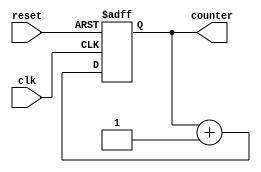
`timescale 1ns / 1ps
//////////////////////////////////////////////////////////////////////////////////
// Company: 
// Engineer: 
// 
// Design Name: 
// Module Name: Up_Counter
// Project Name: 
// Target Devices: 
// Tool Versions: 
// Description: 
// 
// Dependencies: 
// 
// Revision:
// Revision 0.01 - File Created
// Additional Comments:
// 
//////////////////////////////////////////////////////////////////////////////////

module Up_Counter(input clk, reset, output[3:0] counter
    );
reg [3:0] counter_up;

// up counter
always @(posedge clk or posedge reset)
begin
if(reset)
 counter_up <= 4'd0;
else
 counter_up <= counter_up + 4'd1;
end 
assign counter = counter_up;
endmodule